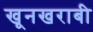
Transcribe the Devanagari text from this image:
खूनखराबी